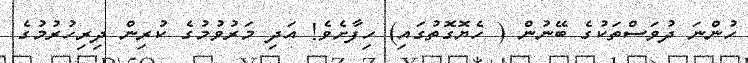
ހުންނަ ދުވަސްތަކުގެ ބޭނުން ( ހެޔޮގޮތުގައި) ހިފާށެވެ! އަދި މަރުވުމުގެ ކުރިން ދިރިހުރުމުގެ